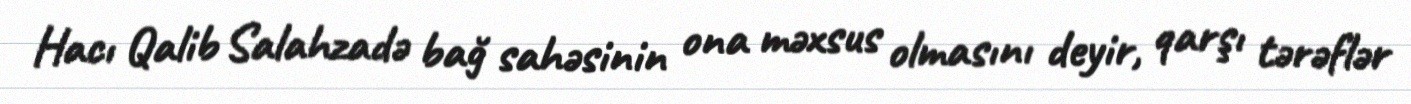
Hacı Qalib Salahzadə bağ sahəsinin ona məxsus olmasını deyir, qarşı tərəflər